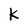
Character: k